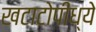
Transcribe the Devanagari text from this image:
खटाटोपींध्ये